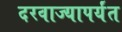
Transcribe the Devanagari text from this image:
दरवाज्यापर्यंत